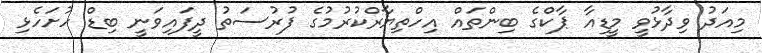
މިއަދު ވިދާޅުވީ މީޑިއާ ޕާކްގެ ބިންތައް އިހްތިޔާރްކުރުމުގެ ފުރުސަތު ދީފައިވަނީ ބިޑް ހުށަހެޅި